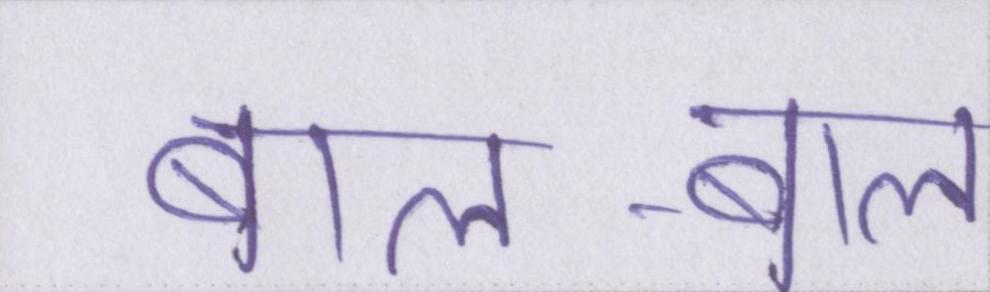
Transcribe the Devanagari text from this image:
बाल-बाल